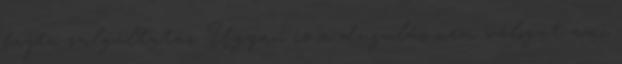
fajta szolgáltatás. Ugyan is a dugulás nem válogat ami